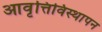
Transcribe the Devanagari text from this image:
आवृत्तिविस्थापन